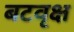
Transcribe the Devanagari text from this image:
बटवृक्ष